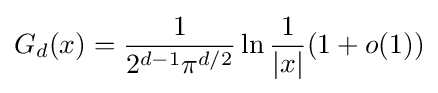
G_{d}(x)={\frac {1}{2^{d-1}\pi ^{d/2}}}\ln {\frac {1}{\vert x\vert }}(1+o(1))